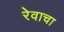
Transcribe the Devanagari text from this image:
रेवाचा